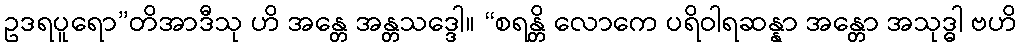
ဥဒရပူရော”တိအာဒီသု ဟိ အန္တေ အန္တသဒ္ဒေါ။ “စရန္တိ လောကေ ပရိဝါရဆန္နာ အန္တော အသုဒ္ဓါ ဗဟိ